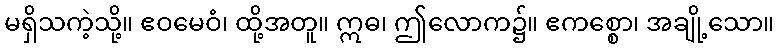
မရှိသကဲ့သို့။ ဧဝမေဝံ၊ ထို့အတူ။ ဣဓ၊ ဤလောက၌။ ဧကစ္စော၊ အချို့သော။